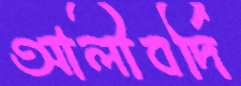
আলীবর্দি